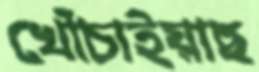
খোঁচাইয়াছ